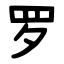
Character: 罗